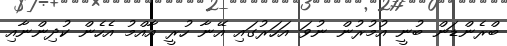
ބްރެންޑަން ބުނީ އުމުރުން ނުވަ އަހަރުގައި އޭނާ ހުރީ އާއްމު އެހެން ކުދިންނާއި